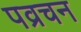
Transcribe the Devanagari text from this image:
पव्रचन